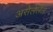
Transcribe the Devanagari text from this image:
असेलेलेल